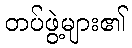
တပ်ဖွဲ့များ၏